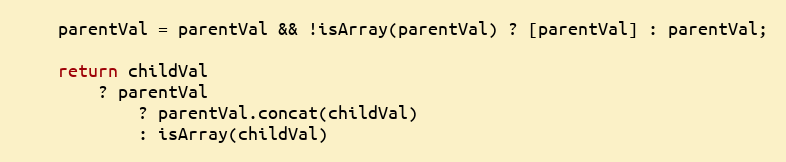
Language: JavaScript
    parentVal = parentVal && !isArray(parentVal) ? [parentVal] : parentVal;

    return childVal
        ? parentVal
            ? parentVal.concat(childVal)
            : isArray(childVal)